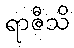
ရာဇီသိ